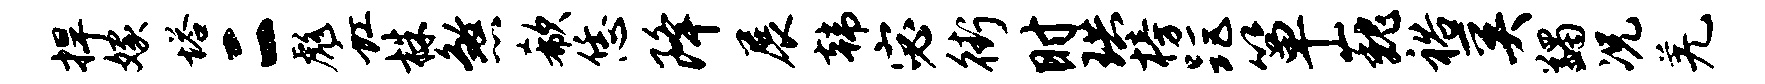
捍嫁塔二彪虹株煞欷恁降展韩宓街时珙榜距箪巍裕奚蠲况羌